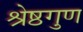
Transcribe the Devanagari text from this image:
श्रेष्ठगुण